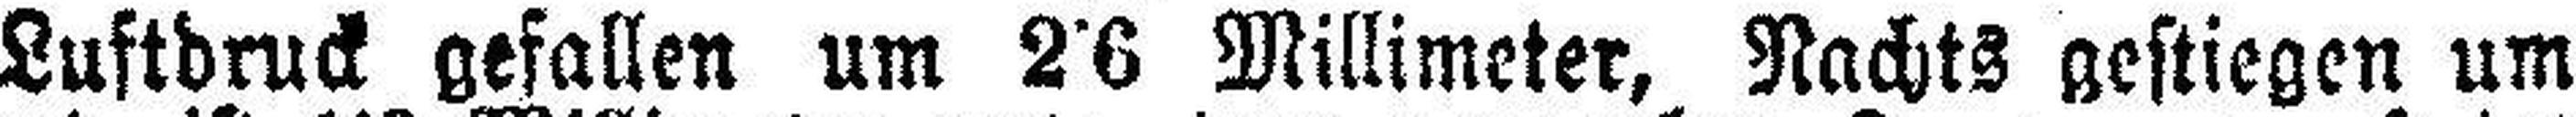
Luftdruck gefallen um 2•6 Millimeter, Nachts gestiegen um